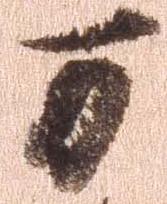
万